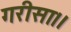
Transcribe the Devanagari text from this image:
गरीसा।।